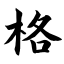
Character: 格